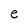
Character: e